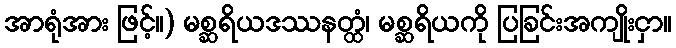
အာရုံအား ဖြင့်။) မစ္ဆရိယဒဿနတ္ထံ၊ မစ္ဆရိယကို ပြခြင်းအကျိုးငှာ။